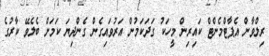
ރިލްވާން އެޕާޓްމެންޓް ކައިރިން މީހަކު ގަދަކަމުން އަރުވައިގެން ގެންދިޔަ ކަމަށް ބެލެވޭ ކާރުގެ